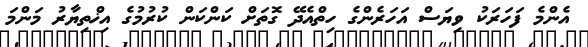
އެންމެ ފަހަރަކު ވިޔަސް އަހަރެންގެ ހިތްއެދޭ ގޮތަށް ކަންކަން ކުރުމުގެ އިޚްތިޔާރު މަންމަ